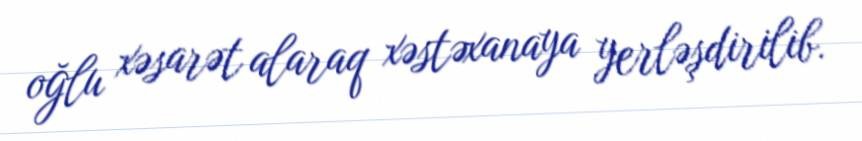
oğlu xəsarət alaraq xəstəxanaya yerləşdirilib.